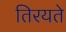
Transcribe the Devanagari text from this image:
तिरयते